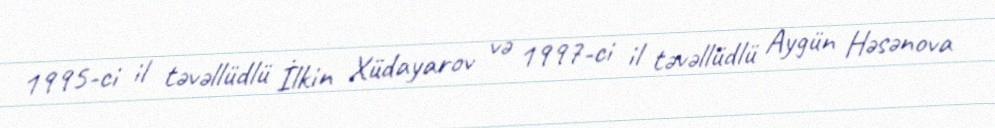
1995-ci il təvəllüdlü İlkin Xüdayarov və 1997-ci il təvəllüdlü Aygün Həsənova